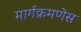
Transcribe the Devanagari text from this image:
मार्गक्रमणेस